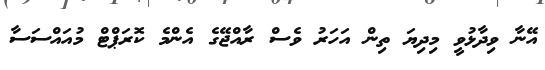
އޭނާ ވިދާޅުވީ މިދިޔަ ތިން އަހަރު ވެސް ރާއްޖޭގެ އެންމެ ކޮރަޕްޓް މުއައްސަސާ